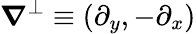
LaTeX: \boldsymbol{\nabla}^{\perp}\equiv\left(\partial_{y},-\partial_{x}\right)